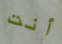
أنت